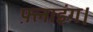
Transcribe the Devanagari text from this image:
फ़्लाइंग।